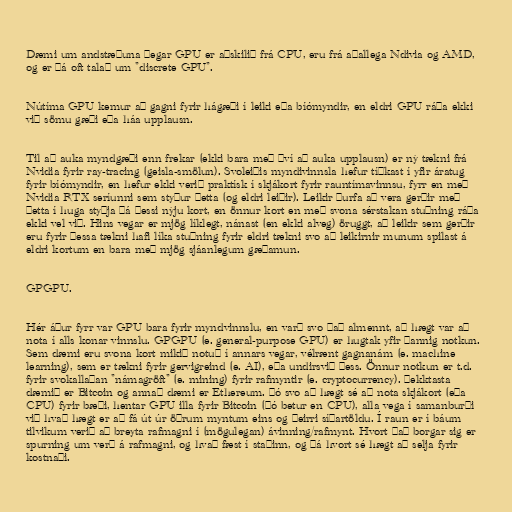
Dæmi um andstæðuna þegar GPU er aðskilið frá CPU, eru frá aðallega Ndivia og AMD,
og er þá oft talað um "discrete GPU".

Nútíma GPU kemur að gagni fyrir hágæði í leiki eða bíómyndir, en eldri GPU ráða ekki
við sömu gæði eða háa upplausn.

Til að auka myndgæði enn frekar (ekki bara með því að auka upplausn) er ný tækni frá
Nvidia fyrir ray-tracing (geisla-smölun). Svoleiðis myndivinnsla hefur tíðkast í yfir áratug
fyrir bíómyndir, en hefur ekki verið praktísk í skjákort fyrir rauntímavinnsu, fyrr en með
Nvidia RTX seríunni sem styður þetta (og eldri leiðir). Leikir þurfa að vera gerðir með
þetta í huga styðja þá þessi nýju kort, en önnur kort en með svona sérstakan stuðning ráða
ekki vel við. Hins vegar er mjög líklegt, nánast (en ekki alveg) öruggt, að leikir sem gerðir
eru fyrir þessa tækni hafi líka stuðning fyrir eldri tækni svo að leikirnir munum spilast á
eldri kortum en bara með mjög sjáanlegum gæðamun.

GPGPU.

Hér áður fyrr var GPU bara fyrir myndvinnslu, en varð svo það almennt, að hægt var að
nota í alls konar vinnslu. GPGPU (e. general-purpose GPU) er hugtak yfir þannig notkun.
Sem dæmi eru svona kort mikið notuð í annars vegar, vélrænt gagnanám (e. machine
learning), sem er tækni fyrir gervigreind (e. AI), eða undirsvið þess. Önnur notkun er t.d.
fyrir svokallaðan "námagröft" (e. mining) fyrir rafmyntir (e. cryptocurrency). Þekktasta
dæmið er Bitcoin og annað dæmi er Ethereum. Þó svo að hægt sé að nota skjákort (eða
CPU) fyrir bæði, hentar GPU illa fyrir Bitcoin (þó betur en CPU), alla vega í samanburði
við hvað hægt er að fá út úr öðrum myntum eins og þeirri síðartöldu. Í raun er í báum
tilvikum verið að breyta rafmagni í (mögulegan) ávinning/rafmynt. Hvort það borgar sig er
spurning um verð á rafmagni, og hvað fæst í staðinn, og þá hvort sé hægt að selja fyrir
kostnaði.